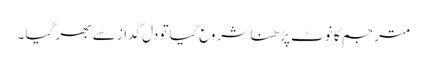
مترجم کا نوٹ پڑھنا شروع کیا تو دل گداز سے بھر گیا ۔